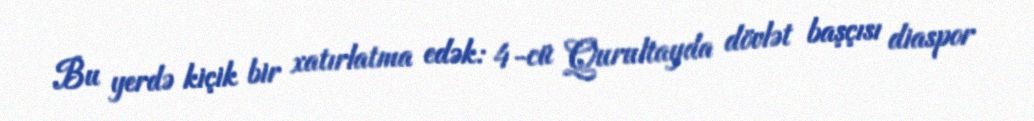
Bu yerdə kiçik bir xatırlatma edək: 4-cü Qurultayda dövlət başçısı diaspor